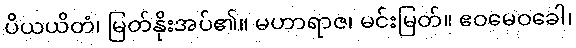
ပိယယိတံ၊ မြတ်နိုးအပ်၏။ မဟာရာဇ၊ မင်းမြတ်။ ဧဝမေဝခေါ၊